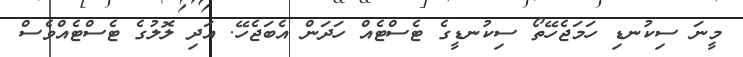
މީނަ ސިކުނޑި ހަމަޖެހޭތޯ ސިކުނޑީގެ ޓެސްޓެއް ހަދަން އެބަޖެހޭ. އަދި ލޮލުގެ ޓެސްޓެއްވެސް